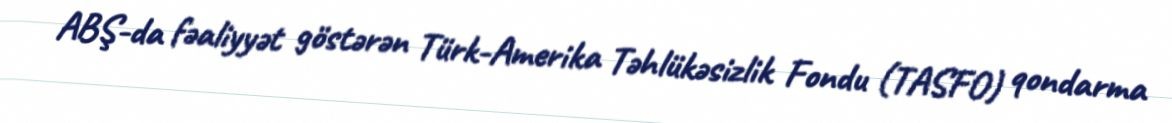
ABŞ-da fəaliyyət göstərən Türk-Amerika Təhlükəsizlik Fondu (TASFO) qondarma